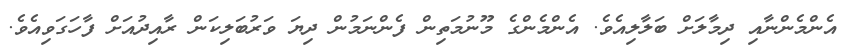
އެންމެންނާއި ދިމާލަށް ބަލާލިއެވެ. އެންމެންގެ މޫނުމަތިން ފެންނަމުން ދިޔަ ވަރުބަލިކަން ރާއިދުއަށް ފާހަގަވިއެވެ.